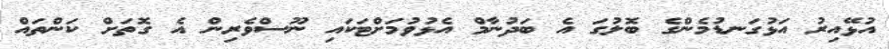
އުޅޭއިރު އަޅުގަނޑުމެންގެ ބޮލުގަ އެ ބަދުނާމް އެޅުވުމަށްޓަކައި ނޫސްވެރިން އެ ގޮތަށް ކަންތައް